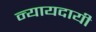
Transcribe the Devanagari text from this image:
न्यायदायी